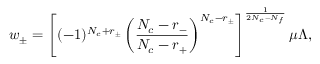
w _ { \pm } = \left[ ( - 1 ) ^ { N _ { c } + r _ { \pm } } \left( \frac { N _ { c } - r _ { - } } { N _ { c } - r _ { + } } \right) ^ { N _ { c } - r _ { \pm } } \right] ^ { \frac { 1 } { 2 N _ { c } - N _ { f } } } \mu \Lambda ,